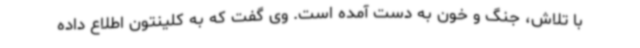
با تلاش، جنگ و خون به دست آمده است. وی گفت که به کلینتون اطلاع داده